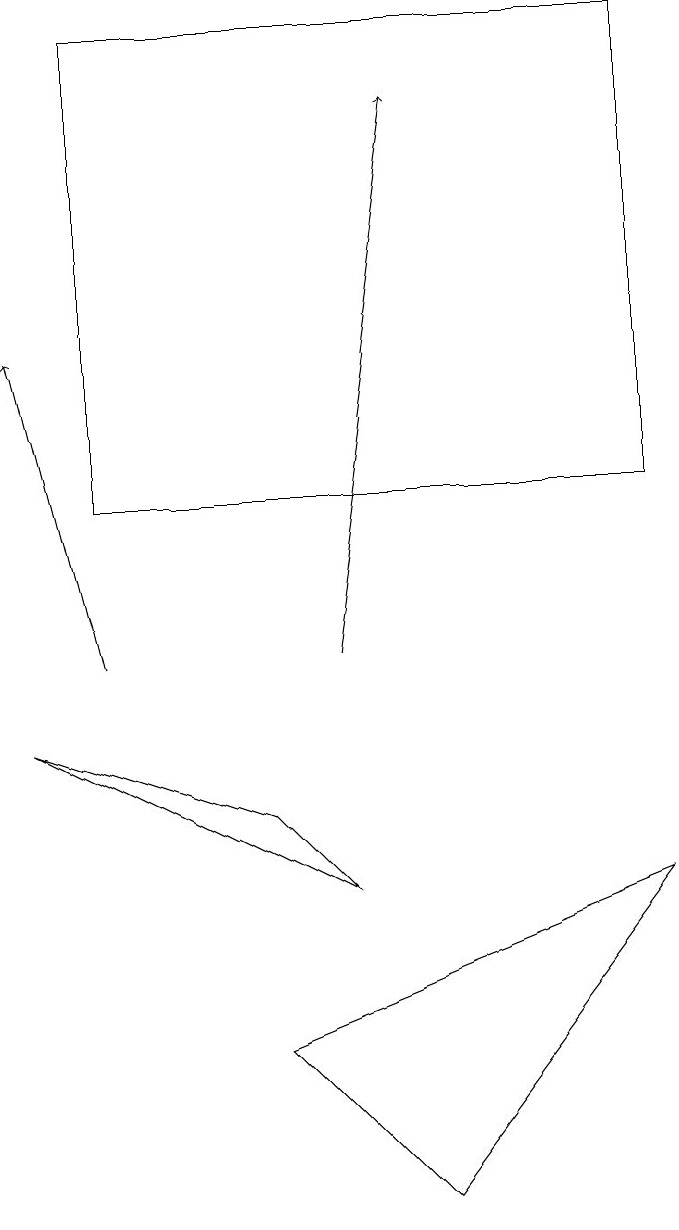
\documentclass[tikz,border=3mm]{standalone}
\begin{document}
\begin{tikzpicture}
\draw (5,3) -- (8,7) -- (3,5) -- cycle;
\draw (8,12) rectangle (1,18);
\draw[->] (4,10) -- (5,17);
\draw (0,9) -- (3,8) -- (4,7) -- cycle;
\draw[->] (1,10) -- (0,14);
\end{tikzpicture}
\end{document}